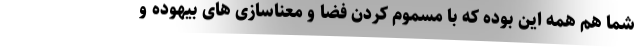
شما هم همه این بوده که با مسموم کردن فضا و معناسازی های بیهوده و